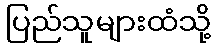
ပြည်သူများထံသို့